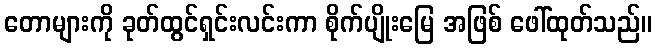
တောများကို ခုတ်ထွင်ရှင်းလင်းကာ စိုက်ပျိုးမြေ အဖြစ် ဖေါ်ထုတ်သည်။